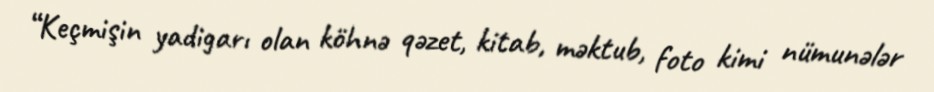
“Keçmişin yadigarı olan köhnə qəzet, kitab, məktub, foto kimi nümunələr